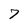
Character: 7